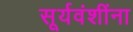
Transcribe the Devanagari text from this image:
सूर्यवंशींना